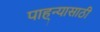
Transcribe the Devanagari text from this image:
पाह्न्यासाठी